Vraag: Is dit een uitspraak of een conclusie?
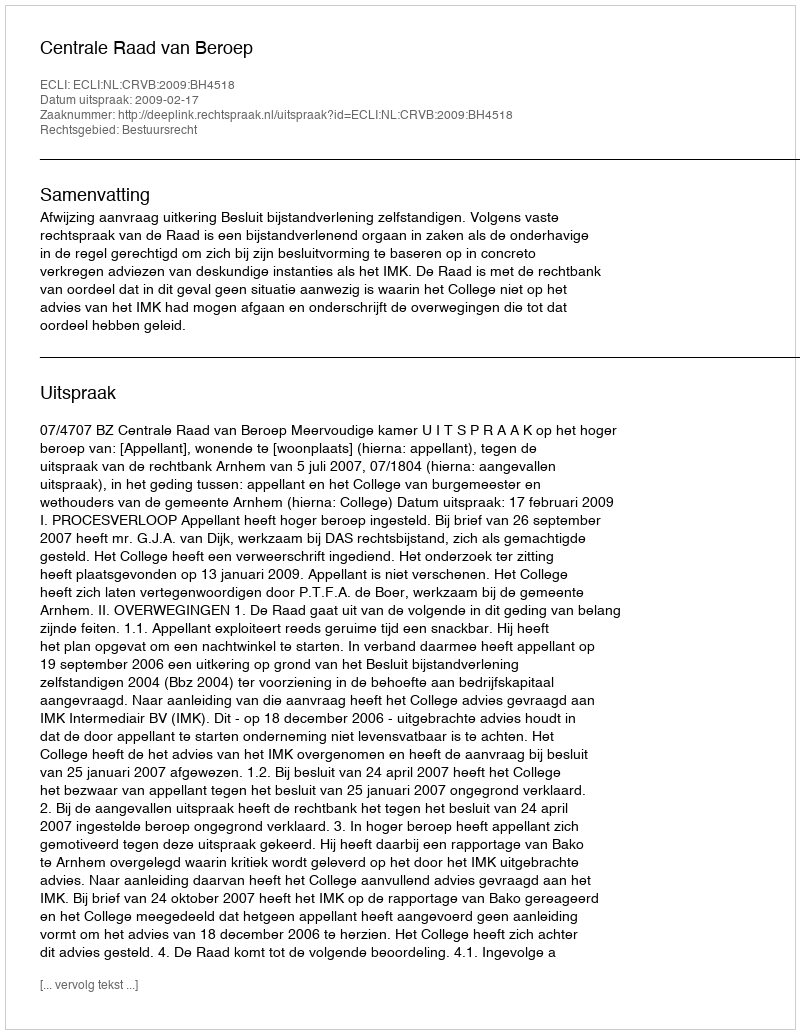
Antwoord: Uitspraak